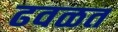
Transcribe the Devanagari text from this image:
ढवळत